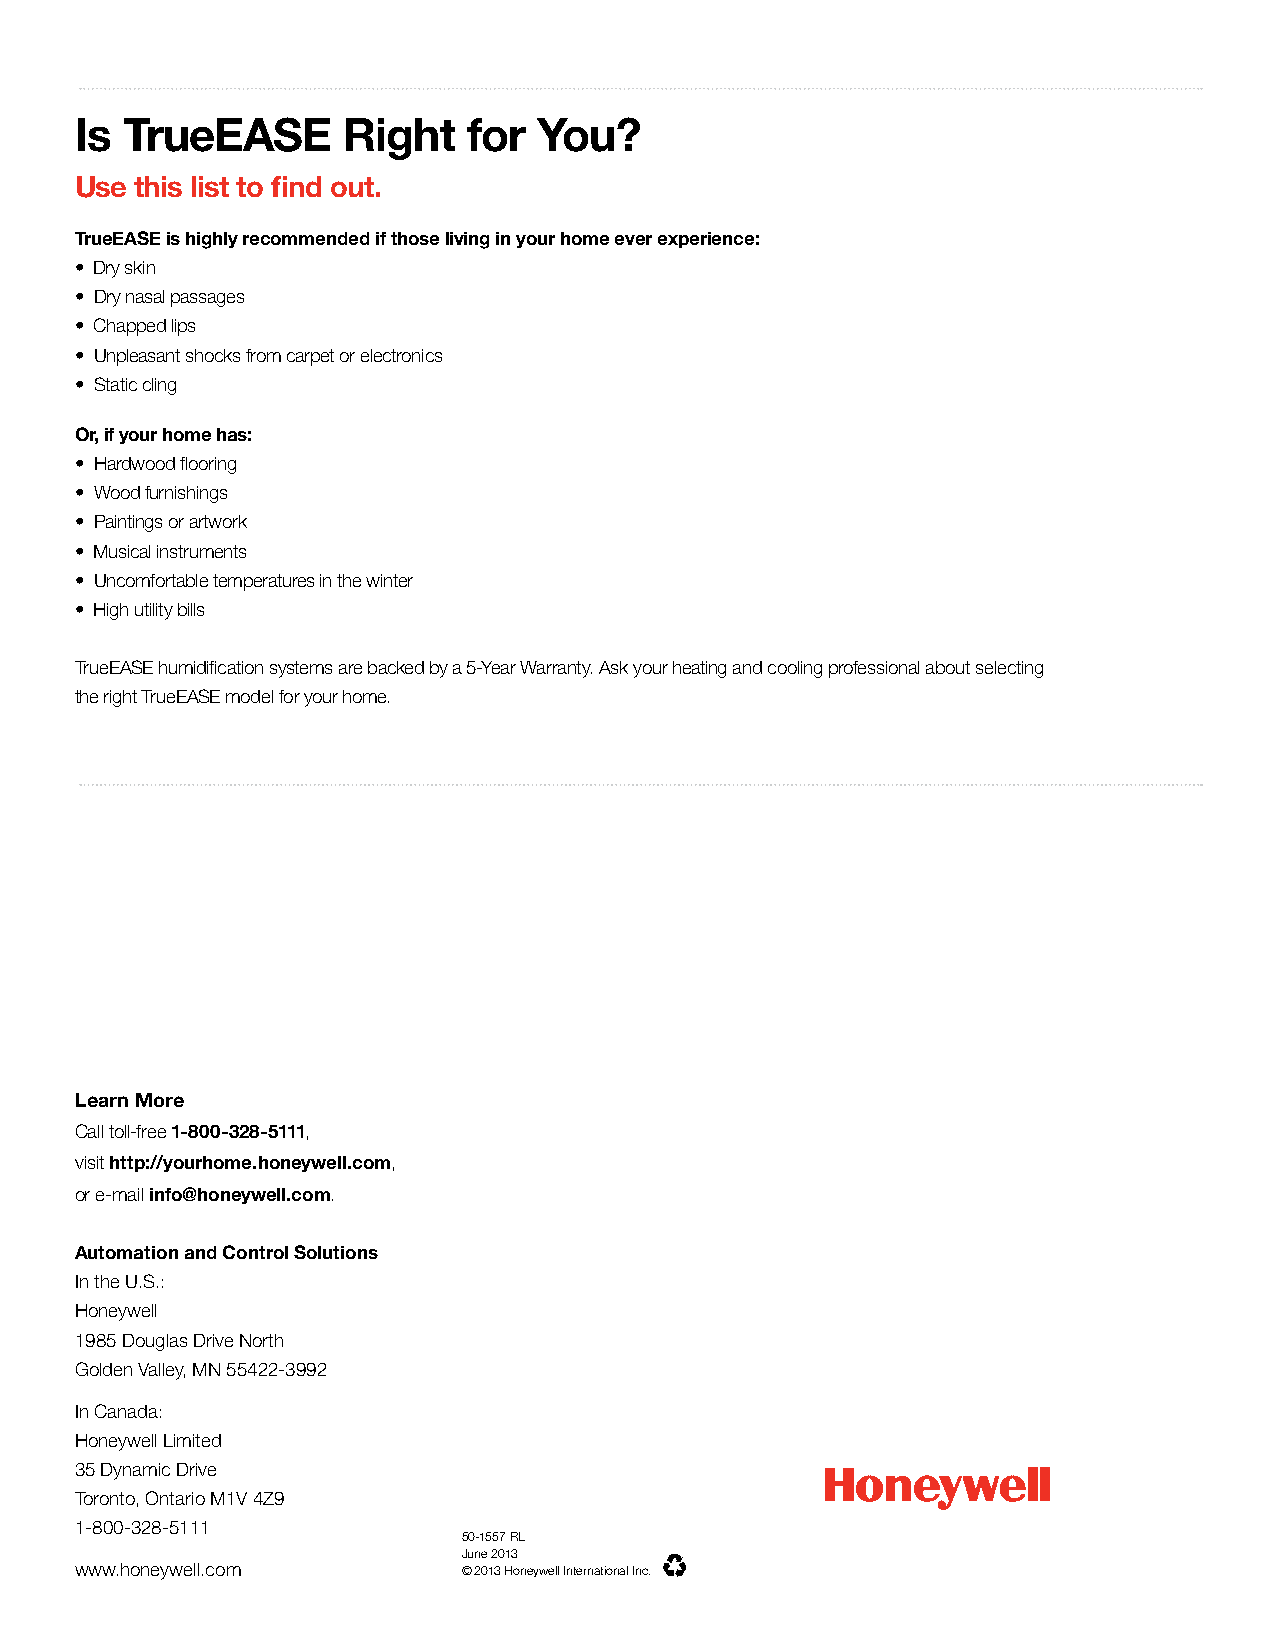
Is TrueEASE       Right   for  You?
 Use this list to find out.
 TrueEASE is highly recommended if those living in your home ever experience:
 • Dry skin
 • Dry nasal passages
 • Chapped lips
 • Unpleasant shocks from carpet or electronics
 • Static cling
 Or, if your home has:
 • Hardwood flooring
 • Wood furnishings
 • Paintings or artwork
 • Musical instruments
 • Uncomfortable temperatures in the winter
 • High utility bills
 TrueEASE humidification systems are backed by a 5-Year Warranty. Ask your heating and cooling professional about selecting
 the right TrueEASE model for your home.
 Learn More
 Call toll-free 1-800-328-5111,
 visit http://yourhome.honeywell.com,
 or e-mail info@honeywell.com.
 Automation and Control Solutions
 In the U.S.:
 Honeywell
 1985 Douglas Drive North
 Golden Valley, MN 55422-3992
 In Canada:
 Honeywell Limited
 35 Dynamic Drive
 Toronto, Ontario M1V 4Z9
 1-800-328-5111
 50-1557 RL
 June 2013
 www.honeywell.com         © 2013 Honeywell International Inc.